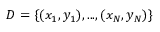
D = \{ ( x _ { 1 } , y _ { 1 } ) , . . . , ( x _ { N } , y _ { N } ) \}